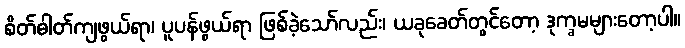
စိတ်ဓါတ်ကျဖွယ်ရာ၊ ပူပန်ဖွယ်ရာ ဖြစ်ခဲ့သော်လည်း၊ ယခုခေတ်တွင်တော့ ဒုက္ခမများတော့ပါ။